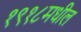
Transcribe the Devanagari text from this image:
१९१८मधील